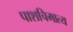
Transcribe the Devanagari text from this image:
पाशचिमात्य